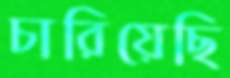
চারিয়েছি